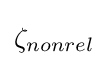
\mathbf {\zeta } _{nonrel}